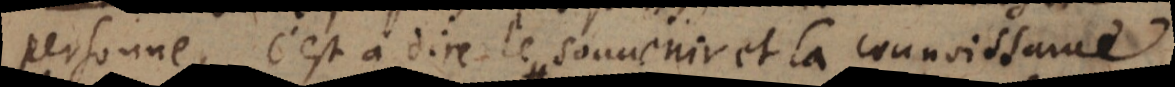
personne, c’est à dire le souvenir et la connoissa